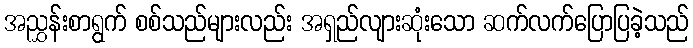
အညွှန်းစာရွက် စစ်သည်များလည်း အရှည်လျားဆုံးသော ဆက်လက်ပြောပြခဲ့သည်